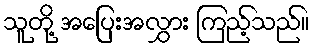
သူတို့ အပြေးအလွှား ကြည့်သည်။